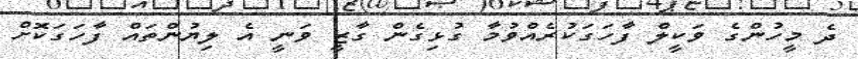
ދެ މީހުންގެ ވަކީލް ފާހަގަކުރެއްވުމާ ގުޅިގެން ގާޒީ ވަނީ އެ ލިޔުންތައް ފާހަގަކޮށް